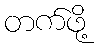
တက်ဖို့